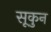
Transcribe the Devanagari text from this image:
सूकुन